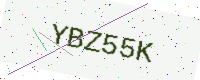
Text: YBZ55K